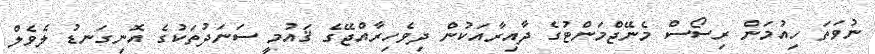
ނުވަތަ ހިއުމަން ރިސޯސް މެނޭޖްމަންޓުގެ ދާއިރާއަކުން ދިވެހިރާއްޖޭގެ ޤައުމީ ސަނަދުތަކުގެ އޮނިގަނޑު ލެވެލް